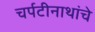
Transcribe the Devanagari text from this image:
चर्पटीनाथांचे